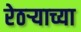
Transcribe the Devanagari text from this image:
रेठर्‍याच्या